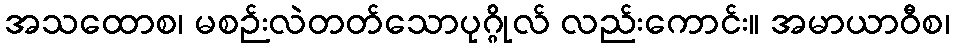
အသထောစ၊ မစဉ်းလဲတတ်သောပုဂ္ဂိုလ် လည်းကောင်း။ အမာယာဝီစ၊